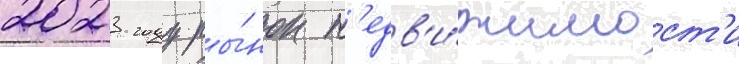
2023 году ры́нок н'едв'и́жимост'и